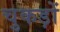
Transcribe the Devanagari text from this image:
चुकड़ों